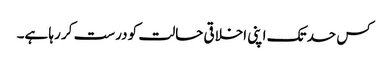
کس حد تک اپنی اخلاقی حالت کو درست کر رہا ہے۔